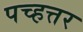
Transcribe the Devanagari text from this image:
पच्हत्तर